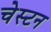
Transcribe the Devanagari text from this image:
चेस्टन